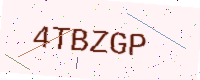
Text: 4TBZGP